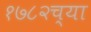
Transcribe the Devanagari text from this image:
१७८२च्या